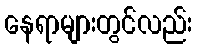
နေရာများတွင်လည်း